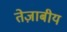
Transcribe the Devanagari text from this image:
तेज़ाबीय